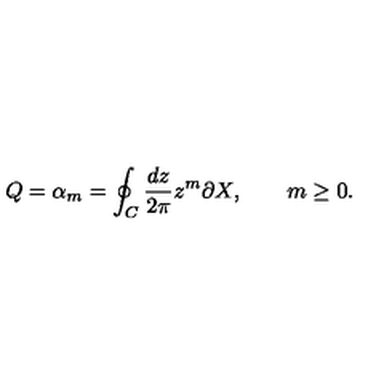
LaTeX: Q = \alpha _ { m } = \oint _ { C } \frac { d z } { 2 \pi } z ^ { m } \partial X , \qquad m \geq 0 .